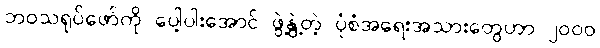
ဘဝသရုပ်ဖော်ကို ပေါ့ပါးအောင် ဖွဲ့နွဲ့တဲ့ ပုံစံအရေးအသားတွေဟာ ၂၀၀၀